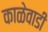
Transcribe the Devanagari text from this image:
काळेवाडी